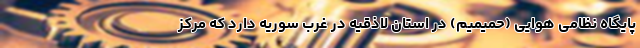
پایگاه نظامی هوایی (حمیمیم) در استان لاذقیه در غرب سوریه دارد که مرکز